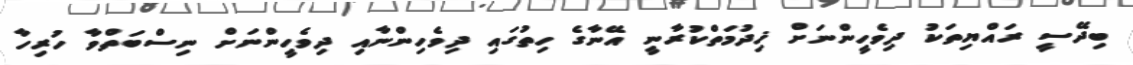
ބިދޭސީ ރައްޔިތަކު ދިވެހީންނަށް ޚިދުމަތްކުރާނީ އޭނާގެ ހިތުގައި ދިވެހިންނާއި ދިވެހީންނަށް ނިސްބަތްވާ ހުރިހާ